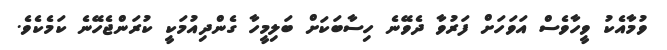
ވުމާއެކު ވީހާވެސް އަވަހަށް ފަރުވާ ދެވޭނެ ހިސާބަކަށް ބަލިމީހާ ގެންދިއުމަކީ ކުރަންޖެހޭނެ ކަމެކެވެ.